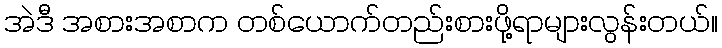
အဲဒီ အစားအစာက တစ်ယောက်တည်းစားဖို့ရာများလွန်းတယ်။